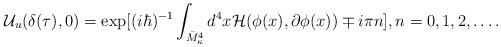
LaTeX: \begin{align*}{\cal U}_u (\delta(\tau), 0) = \exp[ (i\hbar)^{-1} \int_{\bar{M}^4_\kappa} d^4x {\cal H}(\phi(x), \partial \phi (x)) \mp i\pi n ], n=0, 1, 2, \ldots .\end{align*}